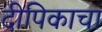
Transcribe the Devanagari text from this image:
दीपिकाचा